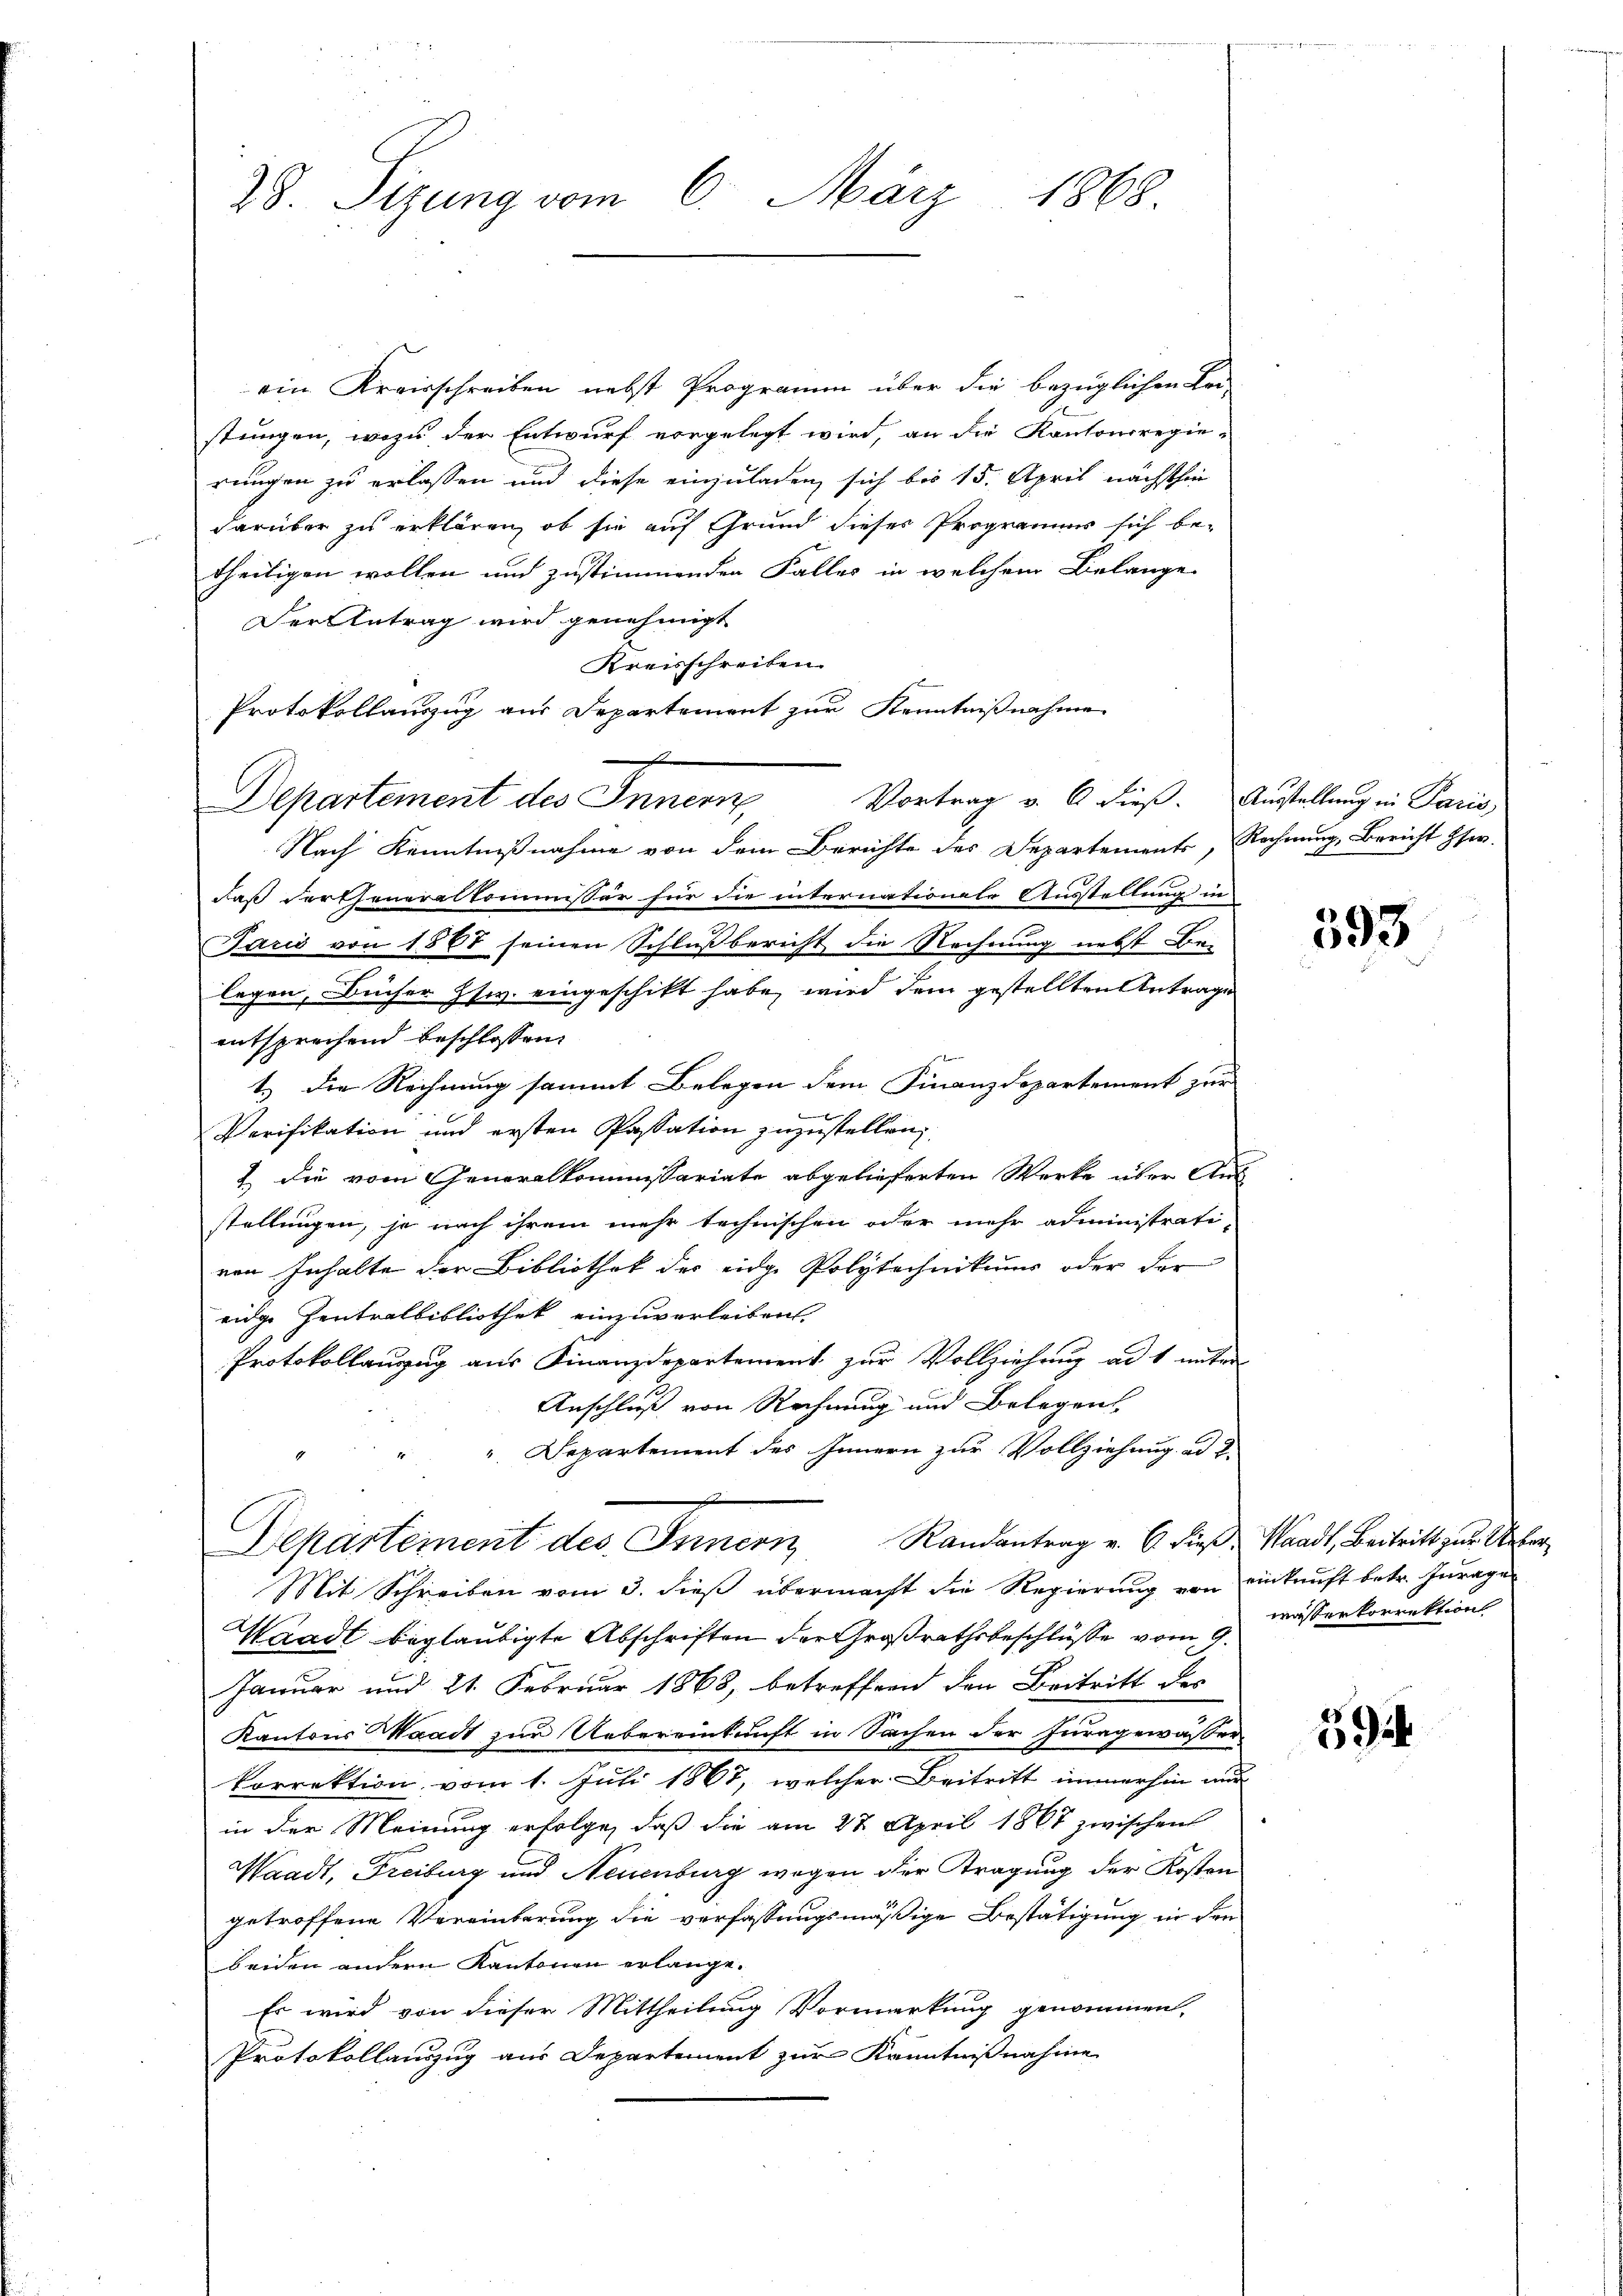
28. Sizung vom 6. März 1868.

ein Kreisschreiben nebst Programm über die bezüglichen Kor-
stungen, wozu der Entwurf vorgelegt wird, an die Kantonsregie-
rungen zu erlassen und diese einzuladen, sich bis 15. April nächsthin
darüber zu erklären, ob sie auf Grund dieses Programms sich betheiligen wollen und zustimmenden Falles in welchem Belange
Der Antrag wird genehmigt
Kreisschreiben.
Protokollauszug aus Departement zur Kenntnißnahme
Departement des Innern Vortrag v. 6. dieß. Austellung in Paris
Nach Kenntnißnahme von dem Berichte des Departements, Rechnung, Bericht Hs.
daß dercheneralkommissär für die internationale Ausstellung in
Jarić von 1587 seinen Schlußbericht die Rechnung nebst Be-
legen, Bücher Iswv. eingeschikt habe, wird dem gestellten Antrage
entsprechend beschlossen:
1.) Die Rechnung sammt Belegen dem Finanzdepartement zur
Verifikation und ersten Passation zuzustellen
1 die vom Generalkommissariate abgelieferten Werke über Aus
stellungen, je nach ihrem mehr technischen oder mehr administrati-
von Inhalte der Bibliothek der eidge Polytechnikums oder der
eidge Zentralbibliothek einzuverleiben.
Protokollauzug aus Finanzdepartement zur Vollziehung ad 1 unter-
Anschluß von Rechnung und Belegen
". Departement des Innern zur Vollziehung ad 2.
Departement des Innern, Randantrag v. 6. dieß
Mit Schreiben vom 3. dieß übermacht die Regierung von einkunft betr. Zurage
Waadt beglaubigte Abschriften der Großrathsbeschlüsse vom 9.
Januar und 21. Februar 1868, betreffend den Beitritt der
Kantons Waadt zur Uebereinkunft in Sachen der Juragewässer
korrektion vom 1. Juli 1867, welcher Beitritt immerhin nur
in der Meinung erfolge, daß die am 27. April 1867 zwischen
Waadt, Freiburg und Neuenburg wegen der Tragung der Kosten
getroffene Vereinbarung die verfassungsmäßige Bestätigung in den
beiden andern Kantonen erlange.
Es wird von dieser Mittheilung Vormerkung genommen,
Protokollauszug aus Departement zur Kenntnißnahme

393

Standt, Beitritt zur Ueber,
wasserkorrektion

59